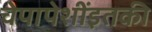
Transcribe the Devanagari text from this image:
चेपापेशींइतकी